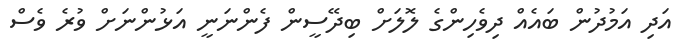
އަދި އަމުދުން ބައެއް ދިވެހިންގެ ލޮލަށް ބިދޭސީން ފެންނަނީ އަޅުންނަށް ވުރެ ވެސް